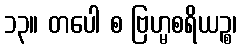
၁၃။ တပေါ စ ဗြဟ္မစရိယဉ္စ၊